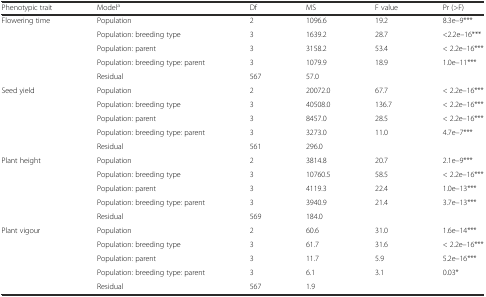
<table><thead><tr><td><b>Phenotypic trait</b></td><td><b>Model<sup>a</sup></b></td><td><b>Df</b></td><td><b>MS</b></td><td><b>F value</b></td><td><b>Pr (&gt;F)</b></td></tr></thead><tbody><tr><td>Flowering time</td><td>Population</td><td>2</td><td>1096.6</td><td>19.2</td><td>8.3e–9***</td></tr><tr><td></td><td>Population: breeding type</td><td>3</td><td>1639.2</td><td>28.7</td><td>&lt;2.2e–16***</td></tr><tr><td></td><td>Population: parent</td><td>3</td><td>3158.2</td><td>53.4</td><td>&lt; 2.2e–16***</td></tr><tr><td></td><td>Population: breeding type: parent</td><td>3</td><td>1079.9</td><td>18.9</td><td>1.0e–11***</td></tr><tr><td></td><td>Residual</td><td>567</td><td>57.0</td><td></td><td></td></tr><tr><td>Seed yield</td><td>Population</td><td>2</td><td>20072.0</td><td>67.7</td><td>&lt; 2.2e–16***</td></tr><tr><td></td><td>Population: breeding type</td><td>3</td><td>40508.0</td><td>136.7</td><td>&lt; 2.2e–16***</td></tr><tr><td></td><td>Population: parent</td><td>3</td><td>8457.0</td><td>28.5</td><td>&lt; 2.2e–16***</td></tr><tr><td></td><td>Population: breeding type: parent</td><td>3</td><td>3273.0</td><td>11.0</td><td>4.7e–7***</td></tr><tr><td></td><td>Residual</td><td>561</td><td>296.0</td><td></td><td></td></tr><tr><td>Plant height</td><td>Population</td><td>2</td><td>3814.8</td><td>20.7</td><td>2.1e–9***</td></tr><tr><td></td><td>Population: breeding type</td><td>3</td><td>10760.5</td><td>58.5</td><td>&lt; 2.2e–16***</td></tr><tr><td></td><td>Population: parent</td><td>3</td><td>4119.3</td><td>22.4</td><td>1.0e–13***</td></tr><tr><td></td><td>Population: breeding type: parent</td><td>3</td><td>3940.9</td><td>21.4</td><td>3.7e–13***</td></tr><tr><td></td><td>Residual</td><td>569</td><td>184.0</td><td></td><td></td></tr><tr><td>Plant vigour</td><td>Population</td><td>2</td><td>60.6</td><td>31.0</td><td>1.6e–14***</td></tr><tr><td></td><td>Population: breeding type</td><td>3</td><td>61.7</td><td>31.6</td><td>&lt; 2.2e–16***</td></tr><tr><td></td><td>Population: parent</td><td>3</td><td>11.7</td><td>5.9</td><td>5.2e–16***</td></tr><tr><td></td><td>Population: breeding type: parent</td><td>3</td><td>6.1</td><td>3.1</td><td>0.03*</td></tr><tr><td></td><td>Residual</td><td>567</td><td>1.9</td><td></td><td></td></tr></tbody></table>